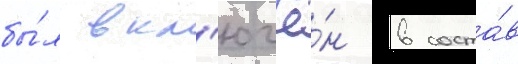
бы́л вкл'ючё́н в соста́в